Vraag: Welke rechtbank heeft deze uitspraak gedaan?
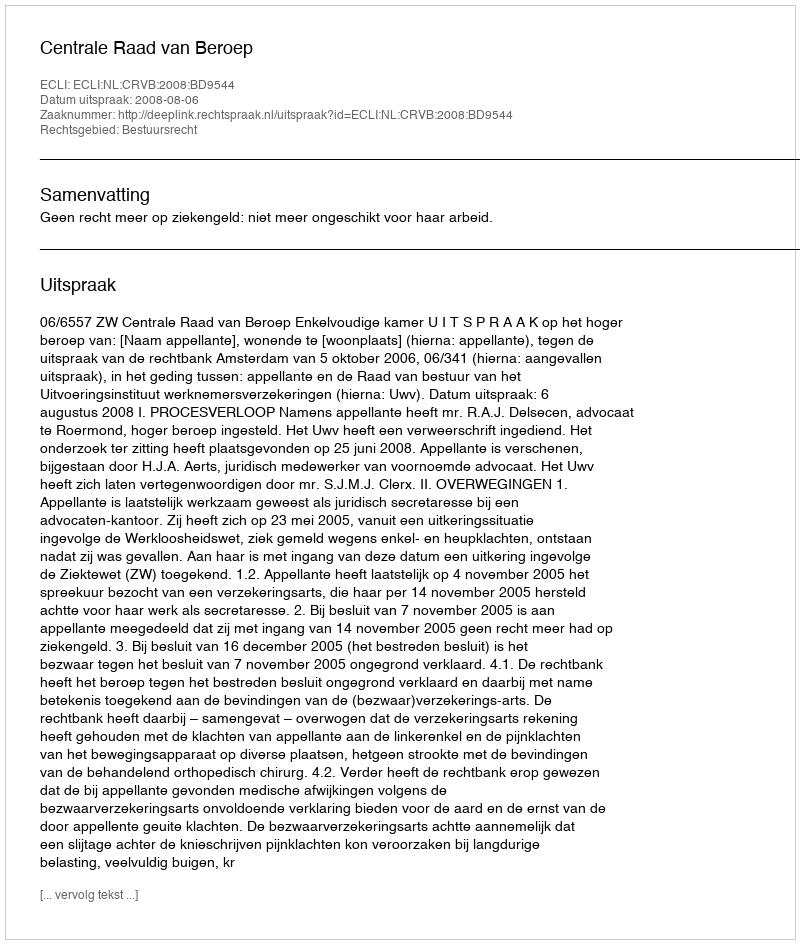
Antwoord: Centrale Raad van Beroep